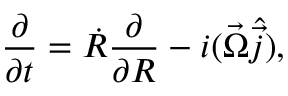
\frac { \partial } { \partial t } = \dot { R } \frac { \partial } { \partial R } - i ( \vec { \Omega } \hat { \vec { j } } ) ,